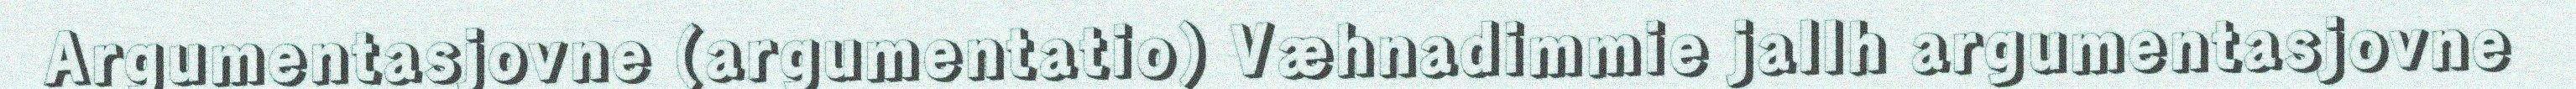
Argumentasjovne (argumentatio) Væhnadimmie jallh argumentasjovne